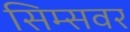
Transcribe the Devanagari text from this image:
सिम्सवर